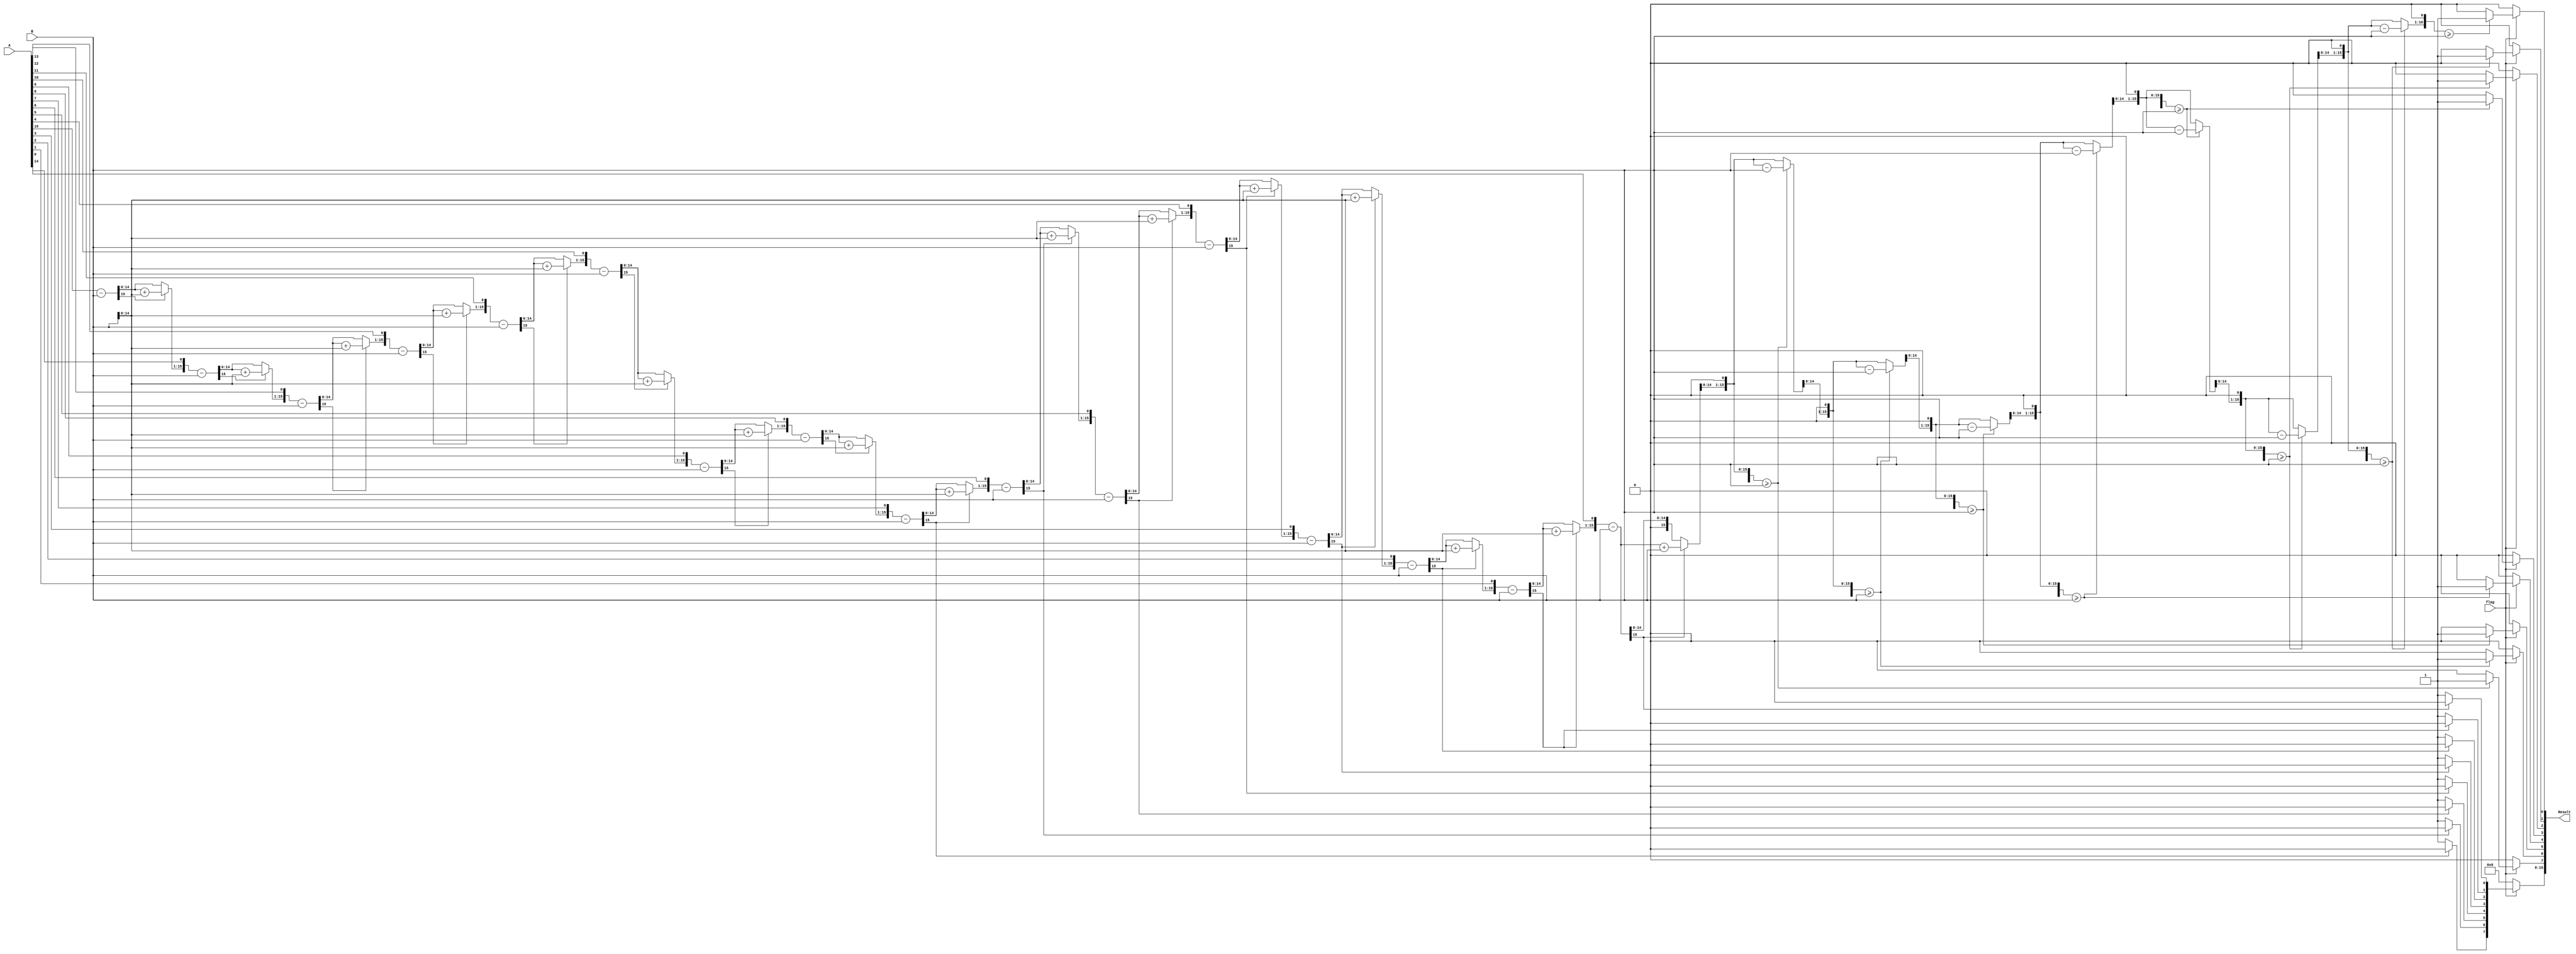
module DivisionUnsigned #(parameter WIDTH=8, FRACTIONAL_BITS=8)(
    // Input and output ports.
    input flag,
    input [2*WIDTH-1:0] A,
    input [2*WIDTH-1:0] B,
    output  [2*WIDTH-1:0] Result//8 bits for the int result, 8 bits for the frcation
   
    
);
	
    // Internal variables
    reg [2*WIDTH-1:0] a1, b1;
    reg [2*WIDTH:0] p1;
    integer i;
	reg [WIDTH-1:0] Res;
	reg [WIDTH-1:0] Reminder;
	reg [FRACTIONAL_BITS-1:0] FractionalPart;
    always @ (A or B or flag)
    begin
        if (flag)
        begin
            // Initialize the variables.
            a1 = A;
            b1 = B;
            p1 = 0;

            for (i = 0; i < (WIDTH + FRACTIONAL_BITS); i = i + 1)
            begin
                p1 = {p1[2*WIDTH-2:0], a1[2*WIDTH-1]};
                a1[2*WIDTH-1:1] = a1[2*WIDTH-2:0];
                p1 = p1 - b1;

                if (p1[2*WIDTH-1] == 1)
                begin
                    a1[0] = 0;
                    p1 = p1 + b1;
                    
                end
                else
                    a1[0] = 1;
            end

            Res = a1;

            // Extract the integer and fractional parts
            Reminder = p1[WIDTH-1:0];
            
            // Calculate the fractional part
            FractionalPart = 0;
            for (i = 0; i < FRACTIONAL_BITS; i = i + 1)
            begin
				$display("**********i*****",i);
				$display("p1 before shifting  %b", p1);
                p1 = p1 << 1; // Shift the remainder left
				$display("p1 after shifting %b", p1);
                if (p1 >= b1)
                begin
                    p1 = p1 - b1;
                    FractionalPart[FRACTIONAL_BITS-1-i] = 1;
					$display(" P1>=b1 FractionalPart %b,   p1 %b             ",FractionalPart,p1);
                end
				else
					begin
					FractionalPart[FRACTIONAL_BITS-1-i] = 0;
					$display("P1<b1 FractionalPart %b,   p1 %b             ",FractionalPart,p1);
					end
				
            end
        end
        else
        begin
            Res = 0;
            Reminder = 0;
            FractionalPart = 0;
        end
    end
	assign Result={Res,FractionalPart};
endmodule